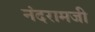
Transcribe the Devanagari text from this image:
नंदरामजी